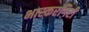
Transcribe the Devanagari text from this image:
भास्करगिरी